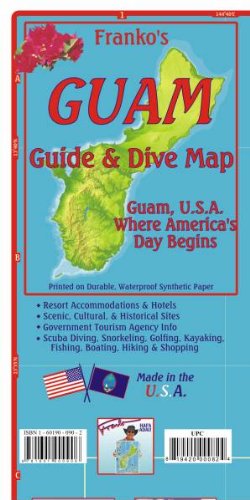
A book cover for Franko Map Guam Guide Map; Travel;